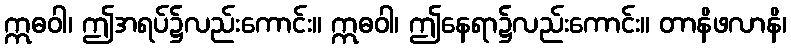
ဣဓဝါ၊ ဤအရပ်၌လည်းကောင်း။ ဣဓဝါ၊ ဤနေရာ၌လည်းကောင်း။ တာနိဖလာနိ၊